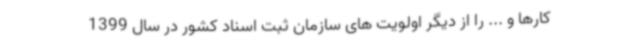
کارها و ... را از دیگر اولویت های سازمان ثبت اسناد کشور در سال 1399